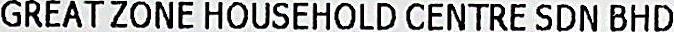
GREAT ZONE HOUSEHOLD CENTRE SDN BHD